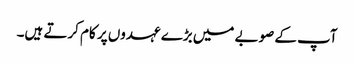
آپ کے صوبے میں بڑے عہدوں پر کام کرتے ہیں۔